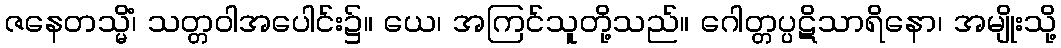
ဇနေတသ္မိံ၊ သတ္တဝါအပေါင်း၌။ ယေ၊ အကြင်သူတို့သည်။ ဂေါတ္တပ္ပဋိသာရိနော၊ အမျိုးသို့